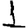
Digit: 1